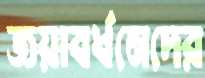
জয়াবর্ধনেদের